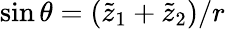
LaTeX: \sin\theta=\left(\tilde{z}_{1}+\tilde{z}_{2}\right)/r